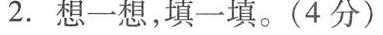
2. 想一想，填一填。(4分)